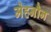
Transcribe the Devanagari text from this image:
मेहनौन